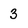
Character: 3